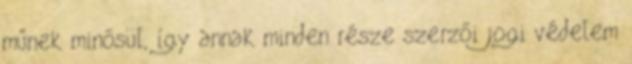
műnek minősül, így annak minden része szerzői jogi védelem